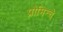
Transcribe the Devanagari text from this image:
प्रोमिन्चे